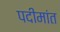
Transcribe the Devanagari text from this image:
पदीमांत